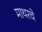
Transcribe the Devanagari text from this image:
माथरचे